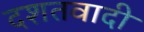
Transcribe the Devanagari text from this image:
दशतवादी